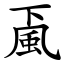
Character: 颪